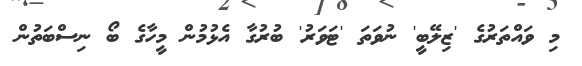
މި ވައްތަރުގެ 'ޒިލޭބީ' ނުވަތަ 'ޓަވަރު' ބުރުގާ އެޅުމުން މީހާގެ ބޯ ނިސްބަތުން